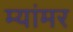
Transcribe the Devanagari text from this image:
म्यांमर